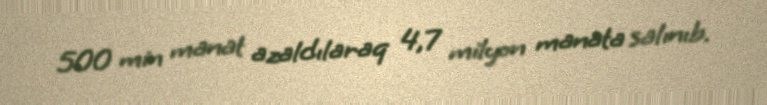
500 min manat azaldılaraq 4,7 milyon manata salınıb.